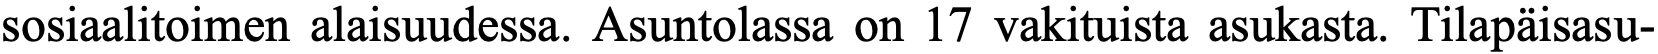
sosiaalitoimen alaisuudessa. Asuntolassa on 17 vakituista asukasta. Tilapäisasu-